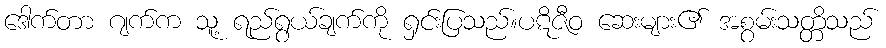
ဒေါက်တာ ဂျက်က သူ့ ရည်ရွယ်ချက်ကို ရှင်းပြသည်။ပဋိဇီဝ ဆေးများ၏ အစွမ်းသတ္တိသည်